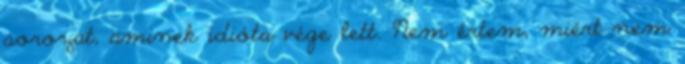
sorozat, aminek idióta vége lett. Nem értem, miért nem